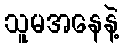
သူမအနေနဲ့